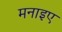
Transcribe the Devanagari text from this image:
मनाइए